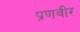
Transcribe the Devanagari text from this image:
प्रणवीर